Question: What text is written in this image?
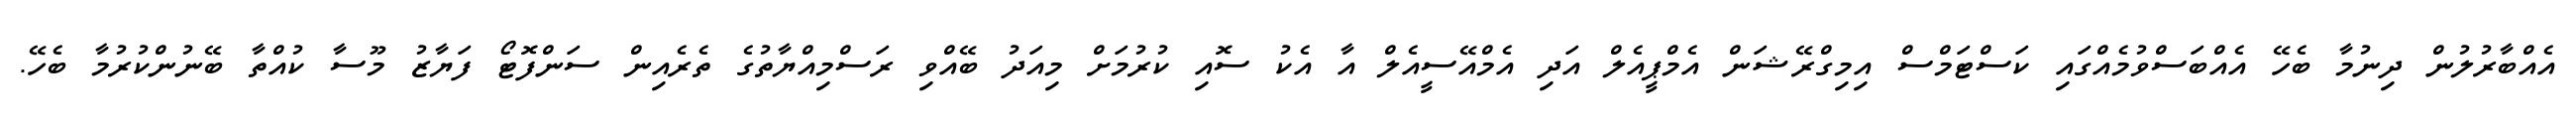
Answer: އެއްބާރުލުން ދިނުމާ ބެހޭ އެއްބަސްވުމެއްގައި ކަސްޓަމްސް އިމިގްރޭޝަން އެމްޕީއެލް އަދި އެމްއޭސީއެލް އާ އެކު ސޮއި ކުރުމަށް މިއަދު ބޭއްވި ރަސްމިއްޔާތުގެ ތެރެއިން ސަންފޮޓޯ ފަޔާޒު މޫސާ ކުއްތާ ބޭނުންކުރުމާ ބެހޭ.